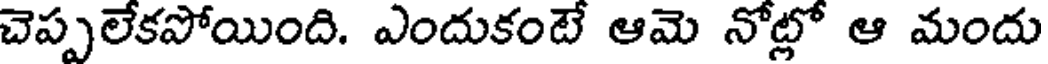
చెప్పలేకపోయింది. ఎందుకంటే ఆమె నోట్లో ఆ మందు